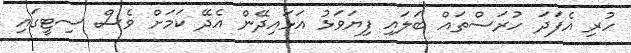
ހުރި އެފަދަ ހުރަސްތައް ބަލައި ފިޔަވަޅު އަޅައިދޭން އެދޭ ކަމަށް ވެސް ސިޓީގައި